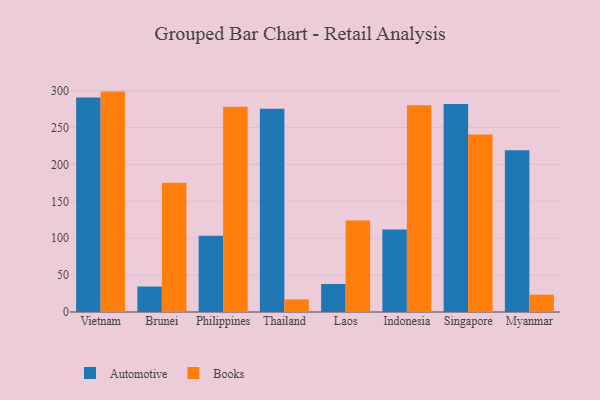
{"axis": {"x": "Country", "y": "Website Visitors"}, "legend": ["Automotive", "Books"], "data": [{"x": "Vietnam", "y": 290.6, "type": "Automotive"}, {"x": "Vietnam", "y": 298.7, "type": "Books"}, {"x": "Brunei", "y": 34.5, "type": "Automotive"}, {"x": "Brunei", "y": 175.3, "type": "Books"}, {"x": "Philippines", "y": 103.2, "type": "Automotive"}, {"x": "Philippines", "y": 278.3, "type": "Books"}, {"x": "Thailand", "y": 275.5, "type": "Automotive"}, {"x": "Thailand", "y": 17.1, "type": "Books"}, {"x": "Laos", "y": 38.0, "type": "Automotive"}, {"x": "Laos", "y": 124.1, "type": "Books"}, {"x": "Indonesia", "y": 111.7, "type": "Automotive"}, {"x": "Indonesia", "y": 280.2, "type": "Books"}, {"x": "Singapore", "y": 281.9, "type": "Automotive"}, {"x": "Singapore", "y": 240.7, "type": "Books"}, {"x": "Myanmar", "y": 219.3, "type": "Automotive"}, {"x": "Myanmar", "y": 23.5, "type": "Books"}]}